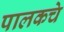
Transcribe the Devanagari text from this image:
पालकचे